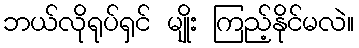
ဘယ်လိုရုပ်ရှင် မျိုး ကြည့်နိုင်မလဲ။